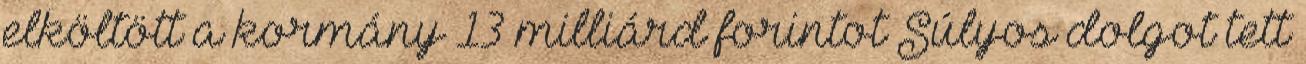
elköltött a kormány 13 milliárd forintot Súlyos dolgot tett